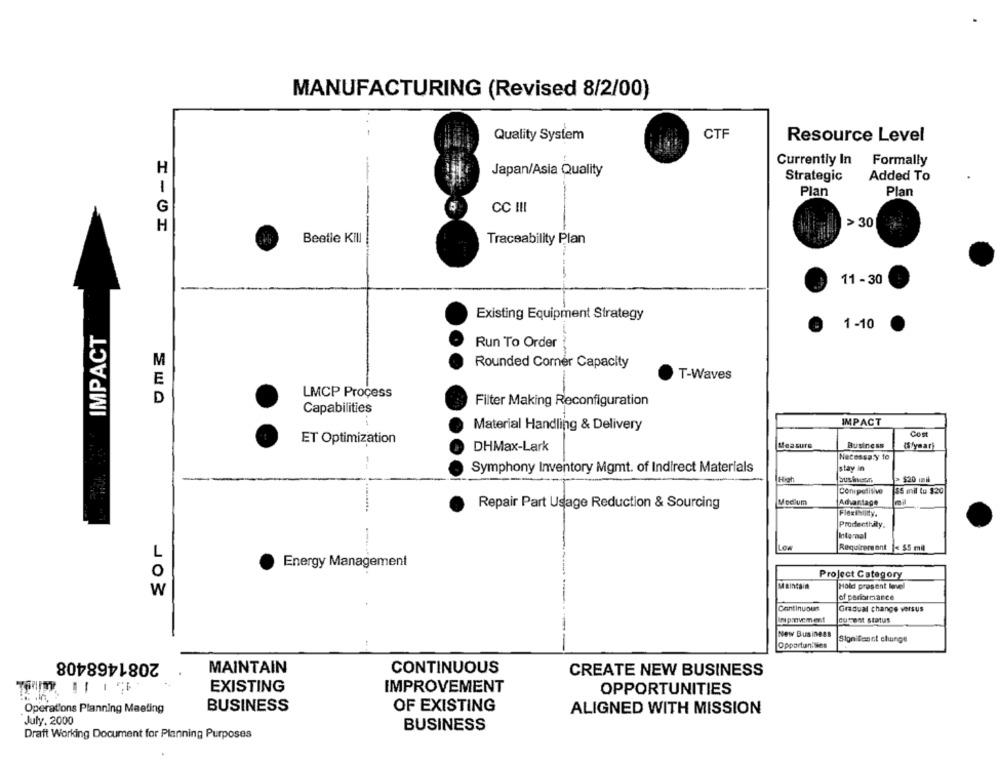
MANUFACTURING (Revised 8/2/00)
Quality System
CTF
Resource Level
Currently In
Formally
H
Japan/Asia Quality
Strategic
Added To
1
Plan
Plan
G
CC III
H
> 30
Beetle Kill
Traceability Plan
11 - 30
Existing Equipment Strategy
IMPACT
1 -10
Run To Order
M
Rounded Corner Capacity
E
T-Waves
LMCP Process
D
Filter Making Reconfiguration
Capabilities
Material Handling & Delivery
IMPACT
Com
ET Optimization
DHMax-Lark
Measure
Business
«Slymari
Necessary to
Symphony Inventory Mgmt. of Indirect Materials
stay in
[High
> $20 vil
Conipetitive
55 mil to $20
Medium
Advantage
Repair Part Usage Reduction & Sourcing
Flexibility.
Producthaty.
Internal
Los
Requirement
$5 mil
L
Energy Management
o
Project Category
Maintain
Hold prosent lovel
W
of performance
Continuous
Gradual change versus
current status
New Business
Sionifenol chunge
Opportunities
2081468408
MAINTAIN
CONTINUOUS
CREATE NEW BUSINESS
11
EXISTING
IMPROVEMENT
OPPORTUNITIES
Operations Planning Meeting
BUSINESS
OF EXISTING
ALIGNED WITH MISSION
July, 2000
BUSINESS
Draft Working Document for Planning Purposes